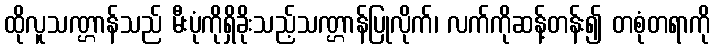
ထိုလူသဏ္ဌာန်သည် မီးပုံကိုရှိခိုးသည့်သဏ္ဌာန်ပြုလိုက်၊ လက်ကိုဆန့်တန်း၍ တစုံတရာကို